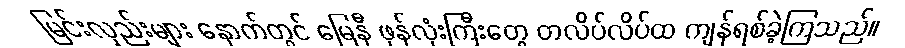
မြင်းလှည်းများ နောက်တွင် မြေနီ ဖုန်လုံးကြီးတွေ တလိပ်လိပ်ထ ကျန်ရစ်ခဲ့ကြသည်။